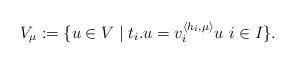
LaTeX: \begin{align*}V_{\mu}:= \{u \in V \mid t_i.u=v_i^{\langle h_i, \mu \rangle}u\ i \in I\}.\end{align*}